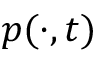
p ( \cdot , t )